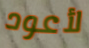
لأعود